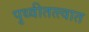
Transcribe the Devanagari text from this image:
पृथ्वीतत्त्वात